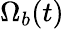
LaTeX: \Omega_{b}(t)